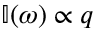
\mathbb { I } ( \omega ) \propto q